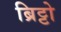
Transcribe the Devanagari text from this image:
ब्रिट्टो